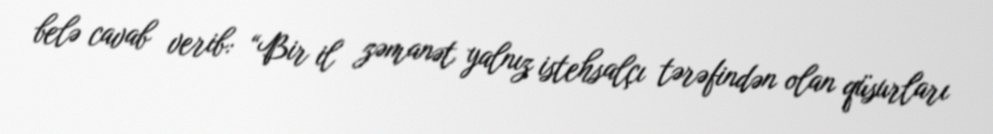
belə cavab verib: “Bir il zəmanət yalnız istehsalçı tərəfindən olan qüsurları